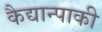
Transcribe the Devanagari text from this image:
कैद्यान्पाकी